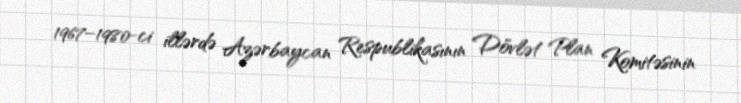
1967–1980-ci illərdə Azərbaycan Respublikasının Dövlət Plan Komitəsinin